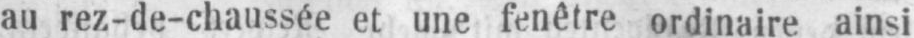
au rez-de-chaussée et une fenêtre ordinaire ainsi